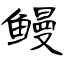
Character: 鳗